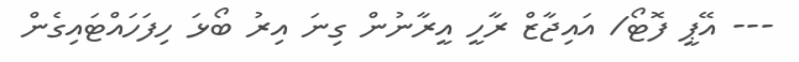
--- އޭޕީ ފޮޓޯ/ އައިޖާޒް ރާހީ އީރާނުން ގިނަ އިރު ބޯޅަ ހިފަހައްޓައިގެން